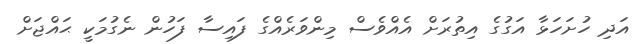
އަދި ހުށަހަޅާ އަގުގެ އިތުރަށް އެއްވެސް މިންވަރެއްގެ ފައިސާ ފަހުން ނެގުމަކީ ޙައްޖަށް